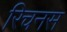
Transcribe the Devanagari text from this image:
रिचनस